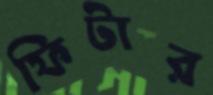
ফিটার